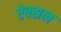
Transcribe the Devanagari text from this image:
ऐक्सल